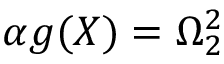
\alpha g ( X ) = \Omega _ { 2 } ^ { 2 }